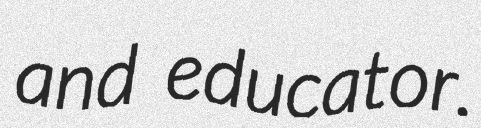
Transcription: and educator.